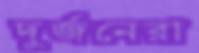
দুর্জনেরা